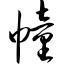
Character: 幢